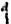
1